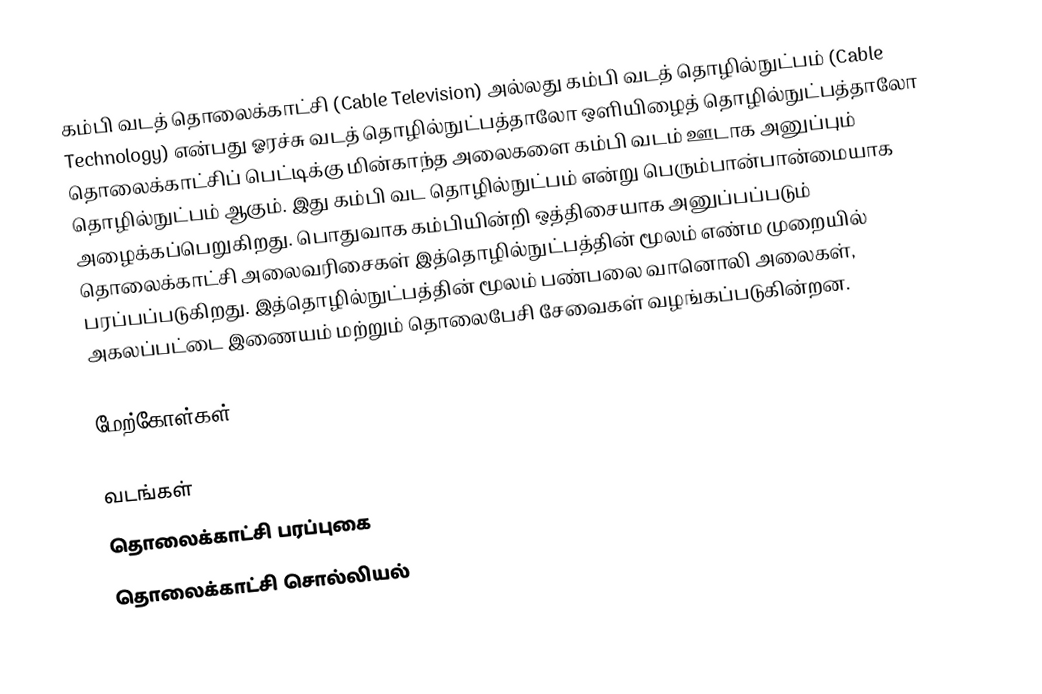
கம்பி வடத் தொலைக்காட்சி (Cable Television) அல்லது கம்பி வடத் தொழில்நுட்பம் (Cable Technology) என்பது ஓரச்சு வடத் தொழில்நுட்பத்தாலோ ஒளியிழைத் தொழில்நுட்பத்தாலோ தொலைக்காட்சிப் பெட்டிக்கு மின்காந்த அலைகளை கம்பி வடம் ஊடாக அனுப்பும் தொழில்நுட்பம் ஆகும். இது கம்பி வட தொழில்நுட்பம் என்று பெரும்பான்பான்மையாக அழைக்கப்பெறுகிறது. பொதுவாக கம்பியின்றி ஒத்திசையாக அனுப்பப்படும் தொலைக்காட்சி அலைவரிசைகள் இத்தொழில்நுட்பத்தின் மூலம் எண்ம முறையில் பரப்பப்படுகிறது. இத்தொழில்நுட்பத்தின் மூலம் பண்பலை வானொலி அலைகள், அகலப்பட்டை இணையம் மற்றும் தொலைபேசி சேவைகள் வழங்கப்படுகின்றன.

மேற்கோள்கள்

வடங்கள்
தொலைக்காட்சி பரப்புகை
தொலைக்காட்சி சொல்லியல்